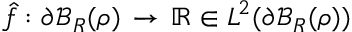
\hat { f } : \partial \mathcal { B } _ { R } ( { \boldsymbol \rho } ) \, \rightarrow \, \mathbb { R } \in L ^ { 2 } ( \partial \mathcal { B } _ { R } ( { \boldsymbol \rho } ) )